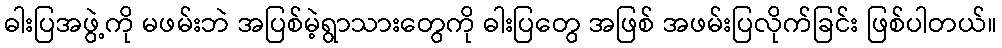
ဓါးပြအဖွဲ့ကို မဖမ်းဘဲ အပြစ်မဲ့ရွာသားတွေကို ဓါးပြတွေ အဖြစ် အဖမ်းပြလိုက်ခြင်း ဖြစ်ပါတယ်။